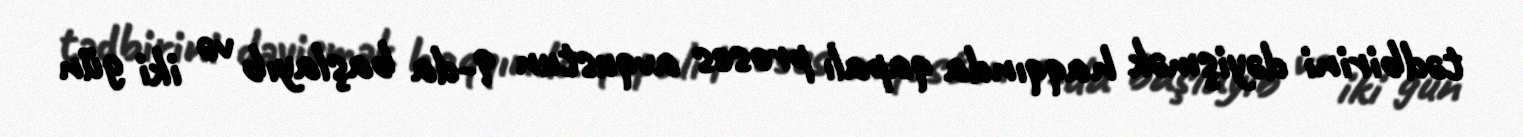
tədbirini dəyişmək haqqında qapalı proses avqustun 9-da başlayıb və iki gün